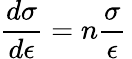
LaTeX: {\frac{d\sigma}{d\epsilon}}=n{\frac{\sigma}{\epsilon}}\,